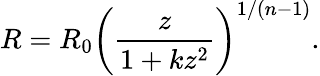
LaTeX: R=R_{0}\left(\frac z{1+kz^{2}}\right)^{1/(n-1)}.